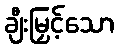
ချီးမြှင့်သော